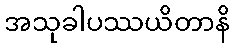
အသုခါပဿယိတာနိ